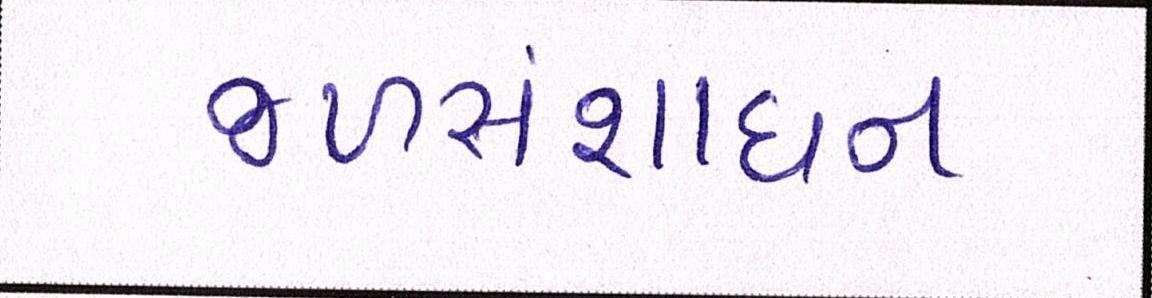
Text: જળસંશાધન